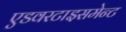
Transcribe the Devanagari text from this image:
एडवरटाइसमेन्ट